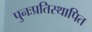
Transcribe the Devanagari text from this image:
पुनःप्रतिस्थापित